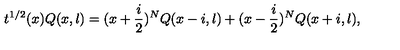
t ^ { 1 / 2 } ( x ) Q ( x , l ) = ( x + \frac { i } { 2 } ) ^ { N } Q ( x - i , l ) + ( x - \frac { i } { 2 } ) ^ { N } Q ( x + i , l ) ,